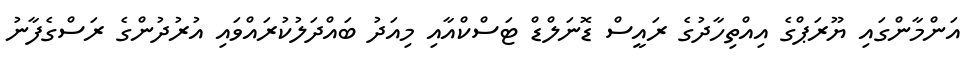
އަންމާންގައި ޔޫރަޕްގެ އިއްތިހާދުގެ ރައީސް ޑޮނަލްޑް ޓަސްކްއާއި މިއަދު ބައްދަލުކުރައްވައި އުރުދުންގެ ރަސްގެފާނު